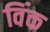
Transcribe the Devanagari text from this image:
विंक